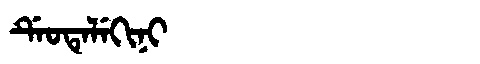
Manchu: ᡩᡝᠣᡨᡝᠯᡝᡴᡳᠨᡳ
Romanization: DEOTELEKINI